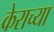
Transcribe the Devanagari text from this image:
केराच्या